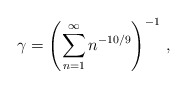
\begin{align*} \gamma=\left(\sum_{n=1}^\infty n^{-10/9}\right)^{-1}\, ,\end{align*}